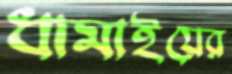
ধামাইয়ের